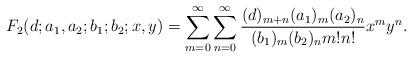
LaTeX: \begin{align*}F_2(d;a_1,a_2;b_1;b_2;x,y)\displaystyle=\sum_{m=0}^\infty\sum_{n=0}^\infty\frac{(d)_{m+n}(a_1)_m(a_2)_n}{(b_1)_m(b_2)_nm!n!}x^my^n.\end{align*}